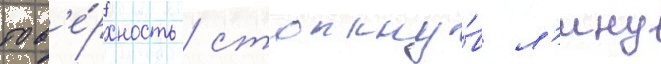
пов'е́рхность / столкну́в л'ину